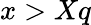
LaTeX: x>Xq